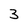
Character: 3